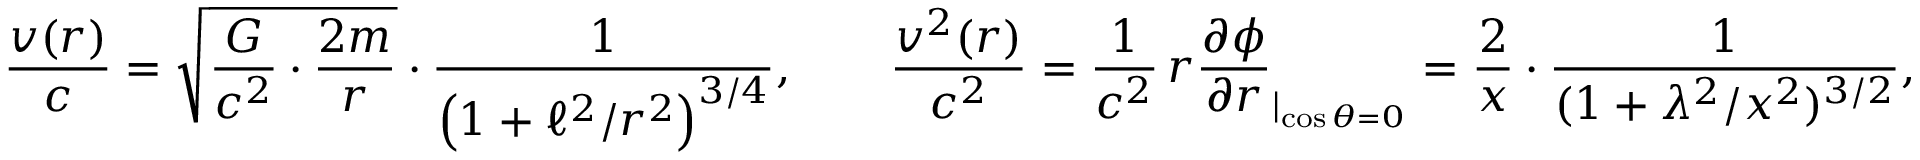
\frac { v ( r ) } { c } = \sqrt { \frac { G } { c ^ { 2 } } \cdot \frac { 2 m } { r } } \cdot \frac { 1 } { \left( 1 + \ell ^ { 2 } / r ^ { 2 } \right) ^ { 3 / 4 } } , \qquad \frac { v ^ { 2 } ( r ) } { c ^ { 2 } } = \frac { 1 } { c ^ { 2 } } \, r \frac { \partial \phi } { \partial r } _ { | _ { \cos \theta = 0 } } = \frac { 2 } { x } \cdot \frac { 1 } { ( 1 + \lambda ^ { 2 } / x ^ { 2 } ) ^ { 3 / 2 } } ,